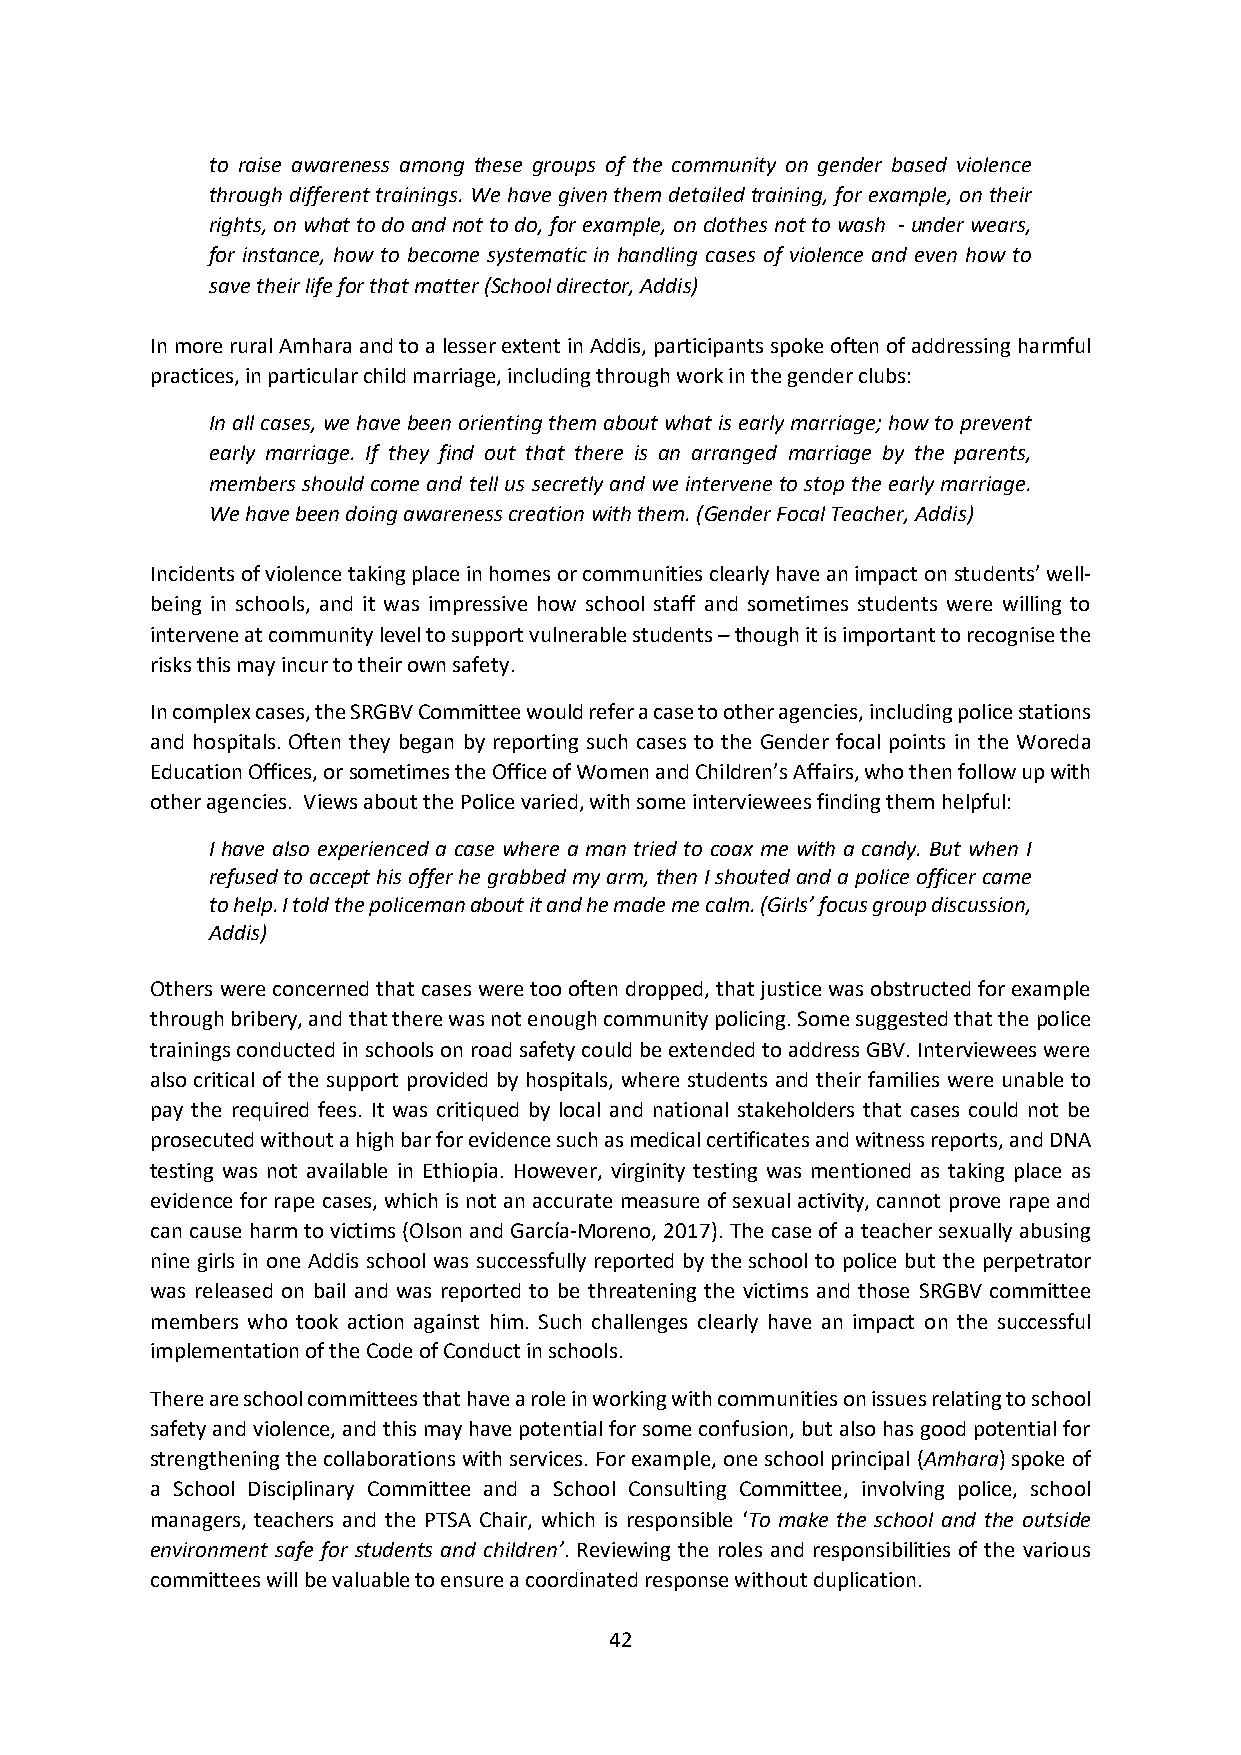
to raise awareness among these groups of the community on gender based violence
 through different trainings. We have given them detailed training, for example, on their
 rights, on what to do and not to do, for example, on clothes not to wash - under wears,
 for instance, how to become systematic in handling cases of violence and even how to
 save their life for that matter (School director, Addis)
 In more rural Amhara and to a lesser extent in Addis, participants spoke often of addressing harmful
 practices, in particular child marriage, including through work in the gender clubs:
 In all cases, we have been orienting them about what is early marriage; how to prevent
 early marriage. If they find out that there is an arranged marriage by the parents,
 members should come and tell us secretly and we intervene to stop the early marriage.
 We have been doing awareness creation with them. (Gender Focal Teacher, Addis)
 Incidents of violence taking place in homes or communities clearly have an impact on students’ well-
 being in schools, and it was impressive how school staff and sometimes students were willing to
 intervene at community level to support vulnerable students – though it is important to recognise the
 risks this may incur to their own safety.
 In complex cases, the SRGBV Committee would refer a case to other agencies, including police stations
 and hospitals. Often they began by reporting such cases to the Gender focal points in the Woreda
 Education Offices, or sometimes the Office of Women and Children’s Affairs, who then follow up with
 other agencies. Views about the Police varied, with some interviewees finding them helpful:
 I have also experienced a case where a man tried to coax me with a candy. But when I
 refused to accept his offer he grabbed my arm, then I shouted and a police officer came
 to help. I told the policeman about it and he made me calm. (Girls’ focus group discussion,
 Addis)
 Others were concerned that cases were too often dropped, that justice was obstructed for example
 through bribery, and that there was not enough community policing. Some suggested that the police
 trainings conducted in schools on road safety could be extended to address GBV. Interviewees were
 also critical of the support provided by hospitals, where students and their families were unable to
 pay the required fees. It was critiqued by local and national stakeholders that cases could not be
 prosecuted without a high bar for evidence such as medical certificates and witness reports, and DNA
 testing was not available in Ethiopia. However, virginity testing was mentioned as taking place as
 evidence for rape cases, which is not an accurate measure of sexual activity, cannot prove rape and
 can cause harm to victims (Olson and García-Moreno, 2017). The case of a teacher sexually abusing
 nine girls in one Addis school was successfully reported by the school to police but the perpetrator
 was released on bail and was reported to be threatening the victims and those SRGBV committee
 members who took action against him. Such challenges clearly have an impact on the successful
 implementation of the Code of Conduct in schools.
 There are school committees that have a role in working with communities on issues relating to school
 safety and violence, and this may have potential for some confusion, but also has good potential for
 strengthening the collaborations with services. For example, one school principal (Amhara) spoke of
 a School Disciplinary Committee and a School Consulting Committee, involving police, school
 managers, teachers and the PTSA Chair, which is responsible ‘To make the school and the outside
 environment safe for students and children’. Reviewing the roles and responsibilities of the various
 committees will be valuable to ensure a coordinated response without duplication.
 42